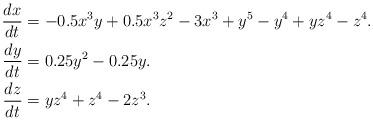
LaTeX: \begin{align*}\frac{dx}{dt} &=-0.5x^3y+0.5x^3z^2-3x^3+y^5-y^4+yz^4-z^4.\\\frac{dy}{dt} & =0.25y^2-0.25y.\\ \frac{dz}{dt} & =yz^4+z^4-2z^3.\\\end{align*}